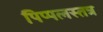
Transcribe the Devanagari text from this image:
पिप्पलस्तत्र